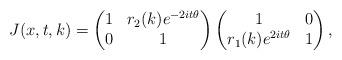
LaTeX: \begin{align*} &J(x,t,k)=\begin{pmatrix} 1 & r_2(k)e^{-2it\theta} \\ 0 & 1 \end{pmatrix}\begin{pmatrix} 1 & 0 \\r_1(k)e^{2it\theta} & 1\end{pmatrix}, \end{align*}